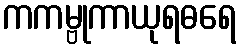
ကကမ္ဗုကာယုရဓရေ